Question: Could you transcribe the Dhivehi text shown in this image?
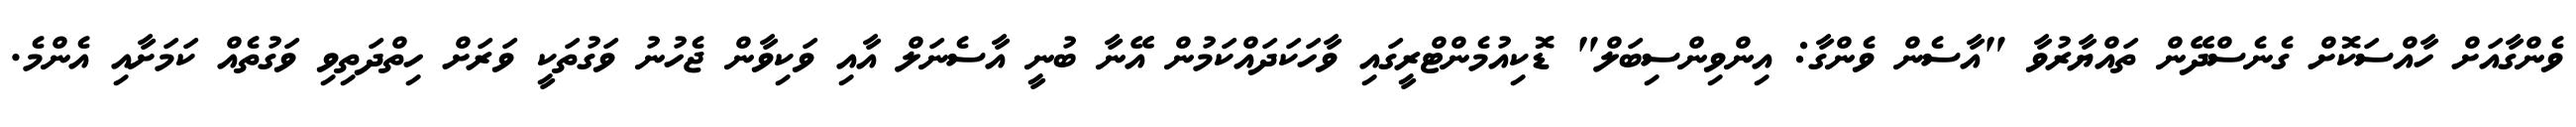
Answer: ވެންގާއަށް ހާއްސަކޮށް ގެނެސްދޭން ތައްޔާރުވާ "އާސެން ވެންގާ: އިންވިންސިބަލް" ޑޮކިއުމެންޓްރީގައި ވާހަކަދައްކަމުން އޭނާ ބުނީ އާސެނަލް އާއި ވަކިވާން ޖެހުނު ވަގުތަކީ ވަރަށް ހިތްދަތިވި ވަގުތެއް ކަމަށާއި އެންމެ.